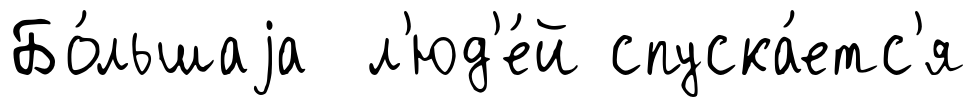
Бо́льшаjа л'юд'е́й спуска́етс'я